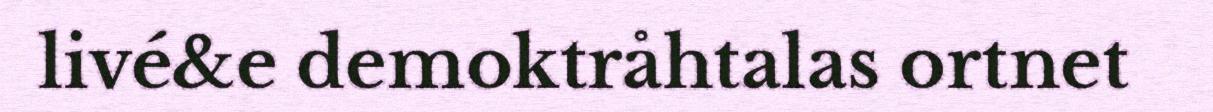
livé&e demoktråhtalas ortnet